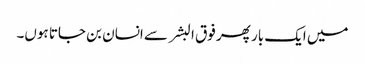
میں ایک بار پھر فوق البشر سے انسان بن جاتا ہوں۔